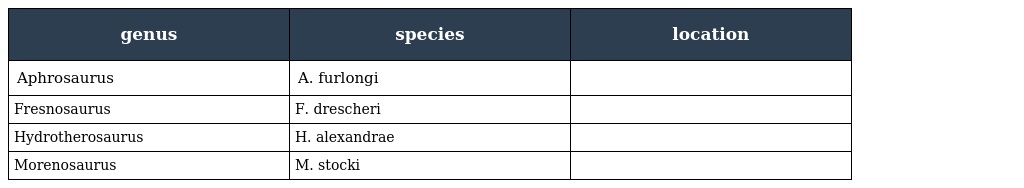
| genus | species | location |
 | --- | --- | --- |
 | Aphrosaurus | A. furlongi |  |
 | Fresnosaurus | F. drescheri |  |
 | Hydrotherosaurus | H. alexandrae |  |
 | Morenosaurus | M. stocki |  |